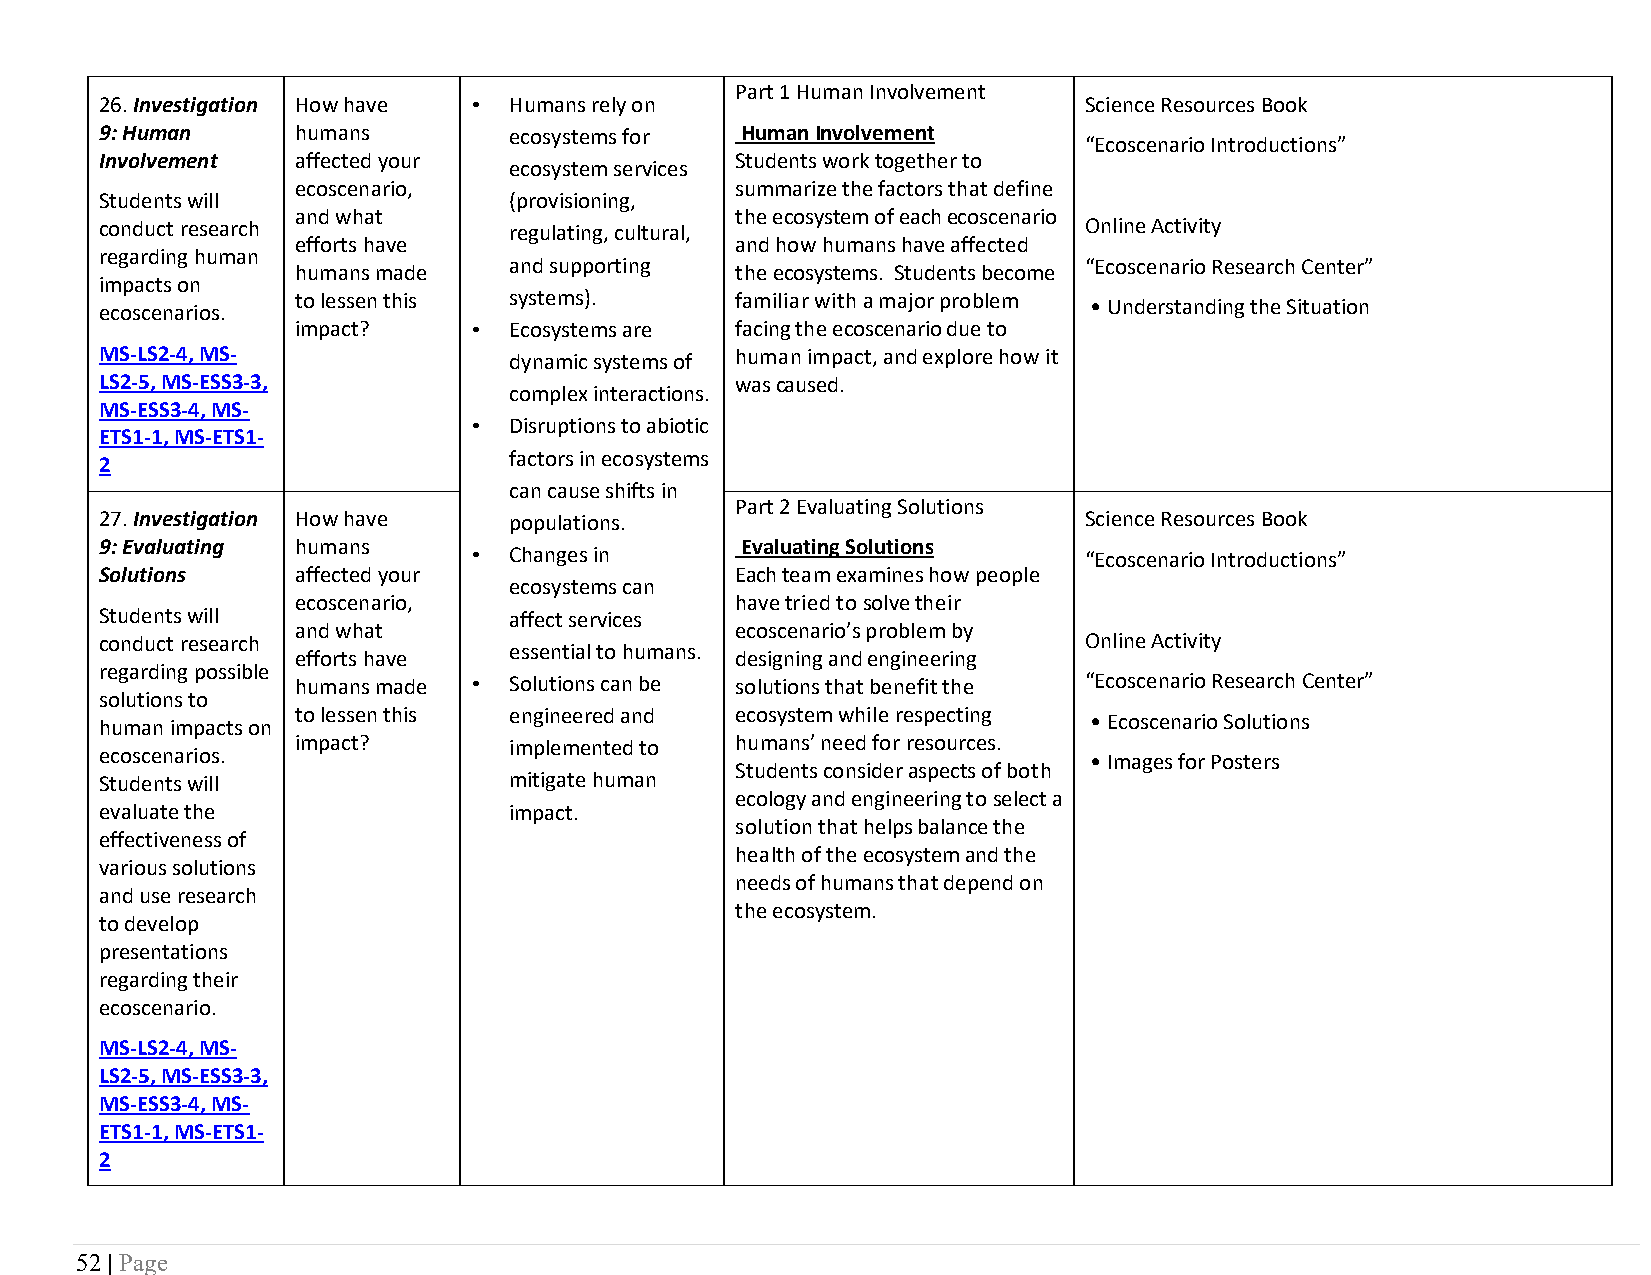
Part 1 Human Involvement
 26. Investigation How have • Humans rely on                      Science Resources Book
 9: Human     humans        ecosystems for Human Involvement
 “Ecoscenario Introductions”
 Involvement  affected your                Students work together to
 ecosystem services
 ecoscenario,                 summarize the factors that define
 Students will              (provisioning,
 and what                     the ecosystem of each ecoscenario
 conduct research           regulating, cultural,                 Online Activity
 efforts have                 and how humans have affected
 regarding human
 humans made   and supporting the ecosystems. Students become “Ecoscenario Research Center”
 impacts on
 to lessen this systems).     familiar with a major problem
 ecoscenarios.                                                    • Understanding the Situation
 impact?    •  Ecosystems are facing the ecoscenario due to
 MS-LS2-4, MS-              dynamic systems of human impact, and explore how it
 LS2-5, MS-ESS3-3,                         was caused.
 complex interactions.
 MS-ESS3-4, MS-
 •  Disruptions to abiotic
 ETS1-1, MS-ETS1-
 factors in ecosystems
 2
 can cause shifts in
 Part 2 Evaluating Solutions
 27. Investigation How have populations.                          Science Resources Book
 9: Evaluating humans                      Evaluating Solutions
 •  Changes in                            “Ecoscenario Introductions”
 Solutions    affected your                Each team examines how people
 ecosystems can
 ecoscenario,                 have tried to solve their
 Students will              affect services
 and what                     ecoscenario’s problem by
 conduct research                                                 Online Activity
 essential to humans.
 efforts have                 designing and engineering
 regarding possible
 humans made • Solutions can be solutions that benefit the “Ecoscenario Research Center”
 solutions to
 human impacts on to lessen this engineered and ecosystem while respecting • Ecoscenario Solutions
 impact?       implemented to humans’ need for resources.
 ecoscenarios.
 • Images for Posters
 Students consider aspects of both
 Students will              mitigate human
 ecology and engineering to select a
 evaluate the               impact.
 solution that helps balance the
 effectiveness of
 health of the ecosystem and the
 various solutions
 needs of humans that depend on
 and use research
 the ecosystem.
 to develop
 presentations
 regarding their
 ecoscenario.
 MS-LS2-4, MS-
 LS2-5, MS-ESS3-3,
 MS-ESS3-4, MS-
 ETS1-1, MS-ETS1-
 2
 52 | Page